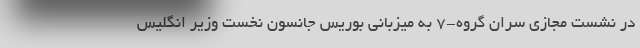
در نشست مجازی سران گروه-7 به میزبانی بوریس جانسون نخست وزیر انگلیس